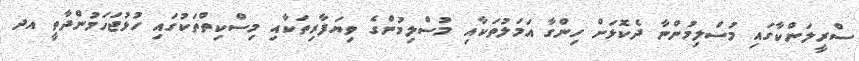
ސްރީލަންކާގައި މުސްލިމުންނާ ދެކޮޅަށް ހިންގާ އަމަލުތަކާއި މުސްލިމުންގެ ވިޔަފާރިތަކާއި މިސްކިތްތަކުގައި ހުޅުޖަހަމުންދާތީ އދ